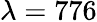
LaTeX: \lambda=776